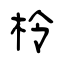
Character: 柃